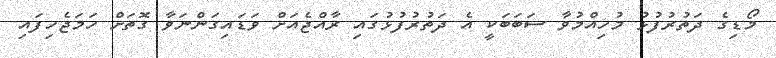
މޯޑިގެ ދަތުރުފުޅު މުހިއްމުވާ ސަބަބަކީ އެ ދަތުރުފުޅުގައި ރާއްޖެއަށް ވަޑައިގަންނަވާ ގޮތަށް ހަމަޖެހިފައި